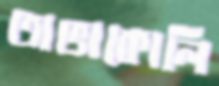
তাভাকোলি